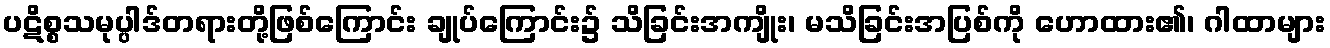
ပဋိစ္စသမုပ္ပါဒ်တရားတို့ဖြစ်ကြောင်း ချုပ်ကြောင်း၌ သိခြင်းအကျိုး၊ မသိခြင်းအပြစ်ကို ဟောထား၏၊ ဂါထာများ